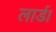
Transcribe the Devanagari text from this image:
लार्ड।